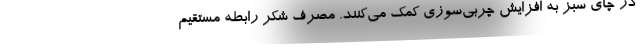
در چای سبز به افزایش چربی‌سوزی کمک می‌کنند. مصرف شکر رابطه مستقیم